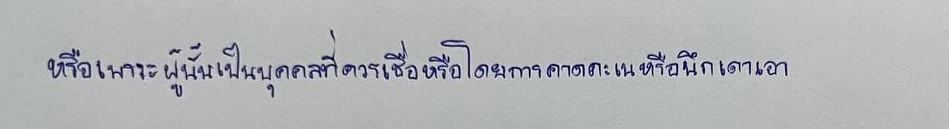
หรือเพราะผู้นั้นเป็นบุคคลที่ควรเชื่อหรือโดยการคาดคะเนหรือนึกเดาเอา